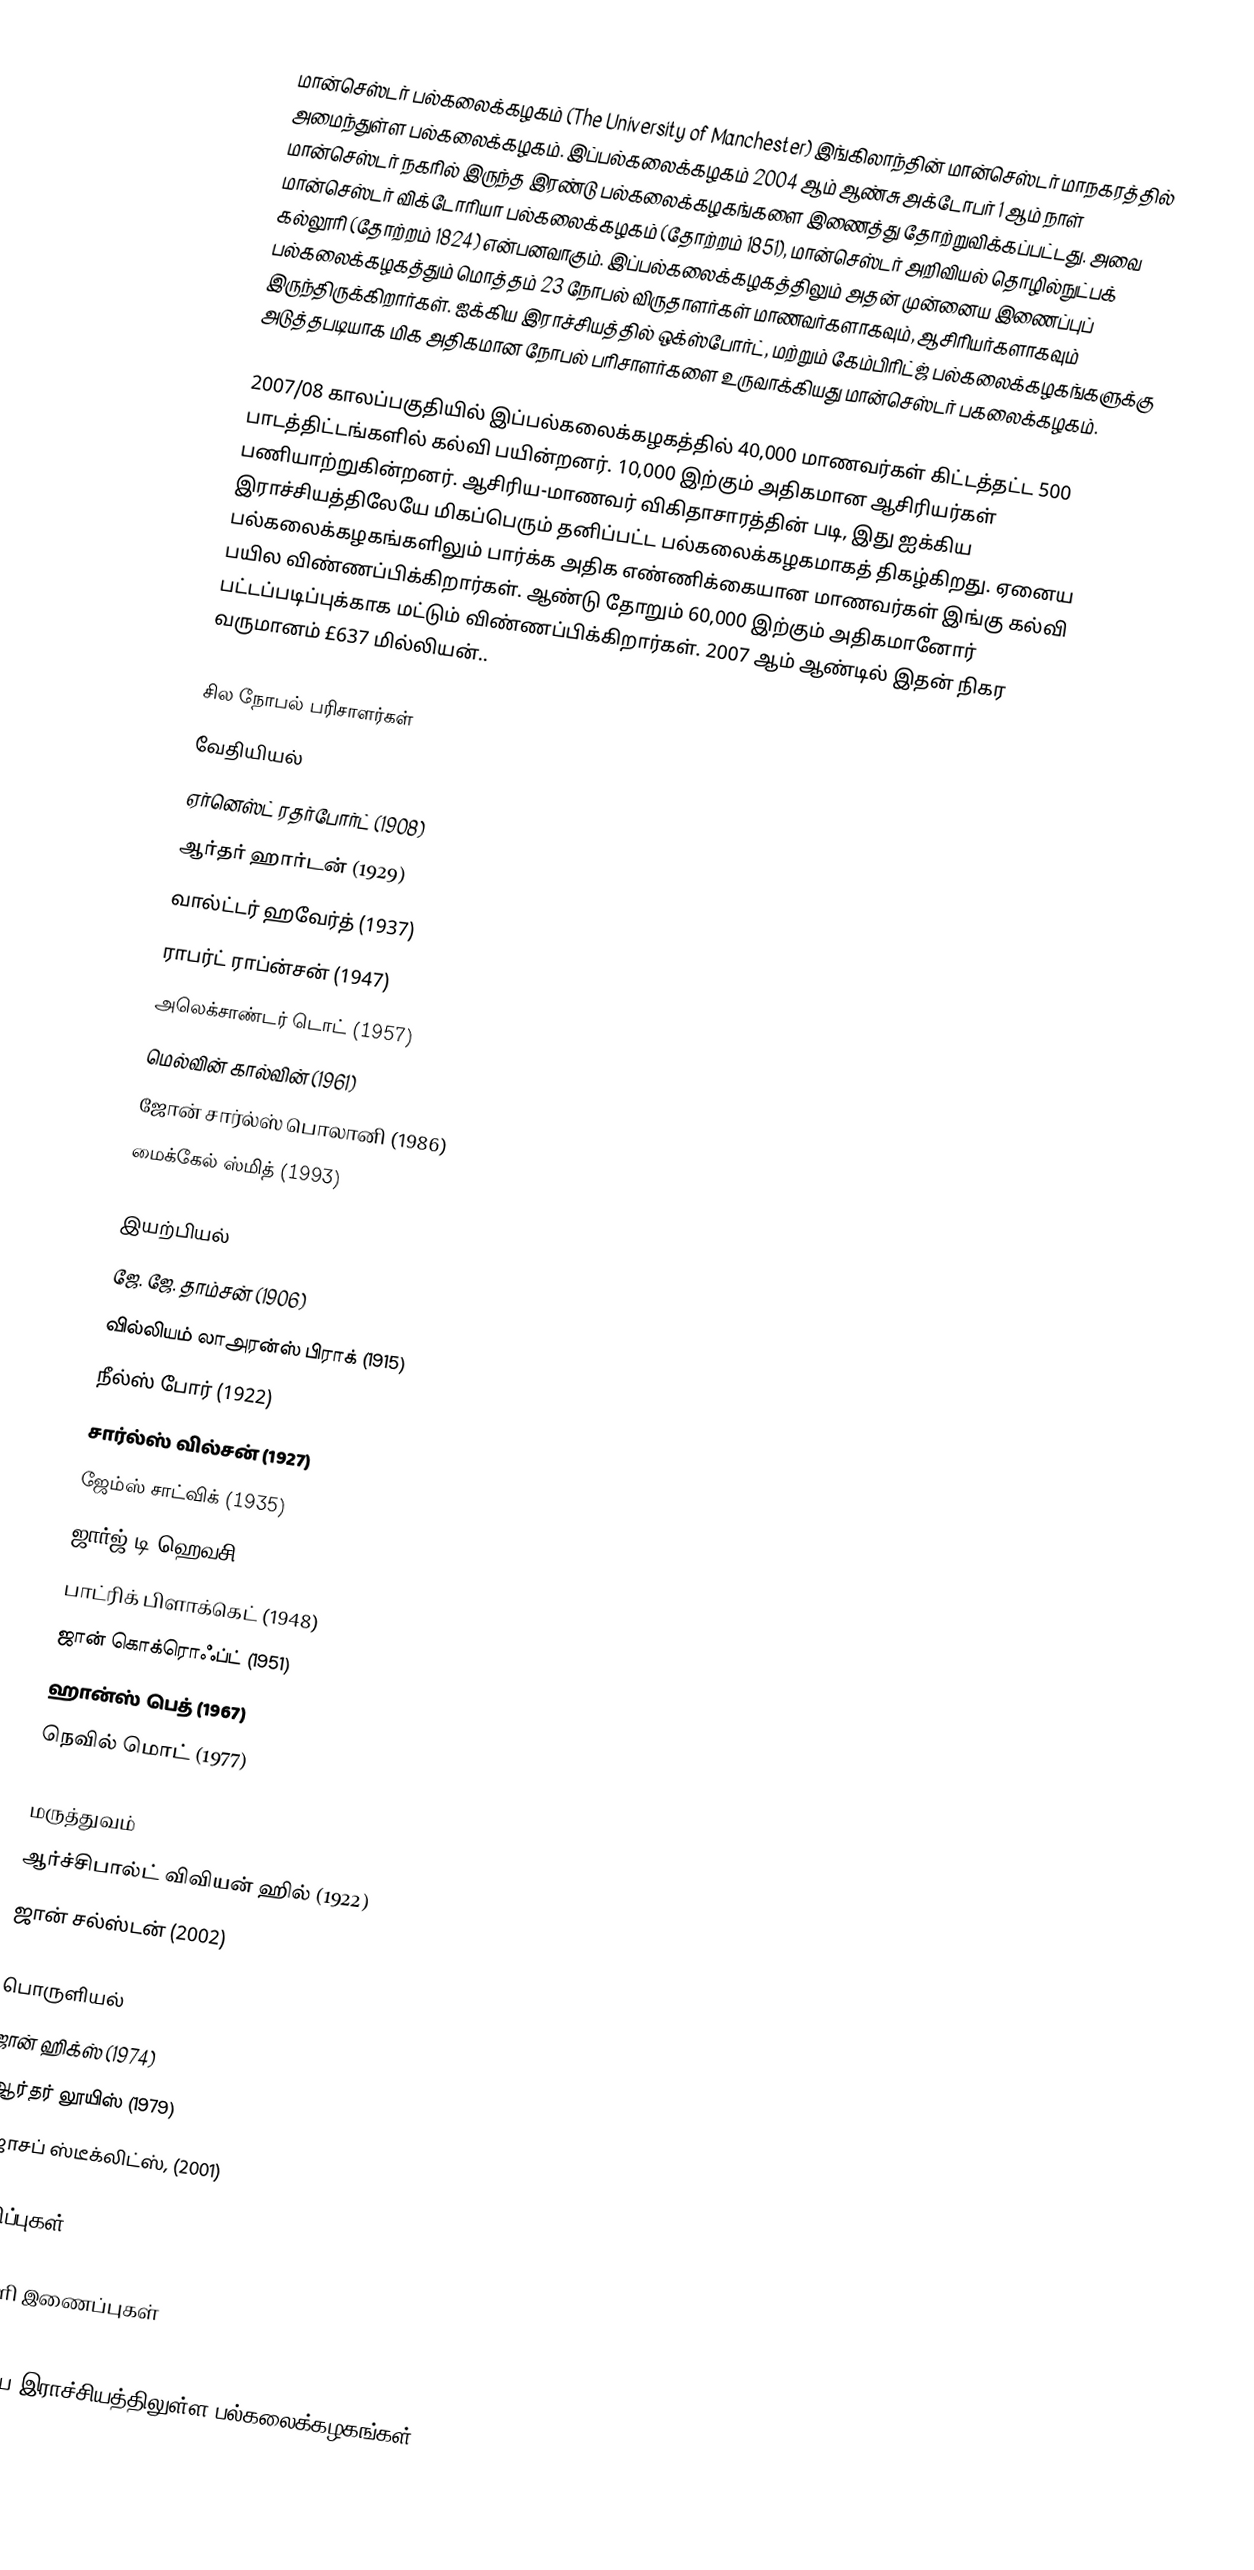
மான்செஸ்டர் பல்கலைக்கழகம் (The University of Manchester) இங்கிலாந்தின் மான்செஸ்டர் மாநகரத்தில் அமைந்துள்ள பல்கலைக்கழகம். இப்பல்கலைக்கழகம் 2004 ஆம் ஆண்சு அக்டோபர் 1 ஆம் நாள் மான்செஸ்டர் நகரில் இருந்த இரண்டு பல்கலைக்கழகங்களை இணைத்து தோற்றுவிக்கப்பட்டது. அவை மான்செஸ்டர் விக்டோரியா பல்கலைக்கழகம் (தோற்றம் 1851), மான்செஸ்டர் அறிவியல் தொழில்நுட்பக் கல்லூரி (தோற்றம் 1824) என்பனவாகும். இப்பல்கலைக்கழகத்திலும் அதன் முன்னைய இணைப்புப் பல்கலைக்கழகத்தும் மொத்தம் 23 நோபல் விருதாளர்கள் மாணவர்களாகவும், ஆசிரியர்களாகவும் இருந்திருக்கிறார்கள். ஐக்கிய இராச்சியத்தில் ஒக்ஸ்போர்ட், மற்றும் கேம்பிரிட்ஜ் பல்கலைக்கழகங்களுக்கு அடுத்தபடியாக மிக அதிகமான நோபல் பரிசாளர்களை உருவாக்கியது மான்செஸ்டர் பகலைக்கழகம்.

2007/08 காலப்பகுதியில் இப்பல்கலைக்கழகத்தில் 40,000 மாணவர்கள் கிட்டத்தட்ட 500 பாடத்திட்டங்களில் கல்வி பயின்றனர். 10,000 இற்கும் அதிகமான ஆசிரியர்கள் பணியாற்றுகின்றனர். ஆசிரிய-மாணவர் விகிதாசாரத்தின் படி, இது ஐக்கிய இராச்சியத்திலேயே மிகப்பெரும் தனிப்பட்ட பல்கலைக்கழகமாகத் திகழ்கிறது. ஏனைய பல்கலைக்கழகங்களிலும் பார்க்க அதிக எண்ணிக்கையான மாணவர்கள் இங்கு கல்வி பயில விண்ணப்பிக்கிறார்கள். ஆண்டு தோறும் 60,000 இற்கும் அதிகமானோர் பட்டப்படிப்புக்காக மட்டும் விண்ணப்பிக்கிறார்கள். 2007 ஆம் ஆண்டில் இதன் நிகர வருமானம் £637 மில்லியன்..

சில நோபல் பரிசாளர்கள்
வேதியியல்
 ஏர்னெஸ்ட் ரதர்போர்ட் (1908)
 ஆர்தர் ஹார்டன் (1929)
 வால்ட்டர் ஹவேர்த் (1937)
 ராபர்ட் ராப்ன்சன் (1947)
 அலெக்சாண்டர் டொட் (1957)
 மெல்வின் கால்வின் (1961)
 ஜோன் சார்ல்ஸ் பொலானி (1986)
 மைக்கேல் ஸ்மித் (1993)

இயற்பியல்
 ஜே. ஜே. தாம்சன் (1906)
 வில்லியம் லாஅரன்ஸ் பிராக் (1915)
 நீல்ஸ் போர் (1922)
 சார்ல்ஸ் வில்சன் (1927)
 ஜேம்ஸ் சாட்விக் (1935)
 ஜார்ஜ் டி ஹெவசி (1943)
 பாட்ரிக் பிளாக்கெட் (1948)
 ஜான் கொக்ரொஃப்ட் (1951)
 ஹான்ஸ் பெத் (1967)
 நெவில் மொட் (1977)

மருத்துவம்
 ஆர்ச்சிபால்ட் விவியன் ஹில் (1922)
 ஜான் சல்ஸ்டன் (2002)

பொருளியல்
 ஜான் ஹிக்ஸ் (1974)
 ஆர்தர் லூயிஸ் (1979)
 ஜோசப் ஸ்டீக்லிட்ஸ், (2001)

குறிப்புகள்

வெளி இணைப்புகள்

ஐக்கிய இராச்சியத்திலுள்ள பல்கலைக்கழகங்கள்